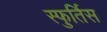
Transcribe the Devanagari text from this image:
स्फुर्तिस